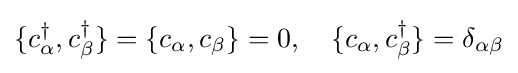
\{c_{\alpha }^{\dagger },c_{\beta }^{\dagger }\}=\{c_{\alpha },c_{\beta }\}=0,\quad \{c_{\alpha },c_{\beta }^{\dagger }\}=\delta _{\alpha \beta }